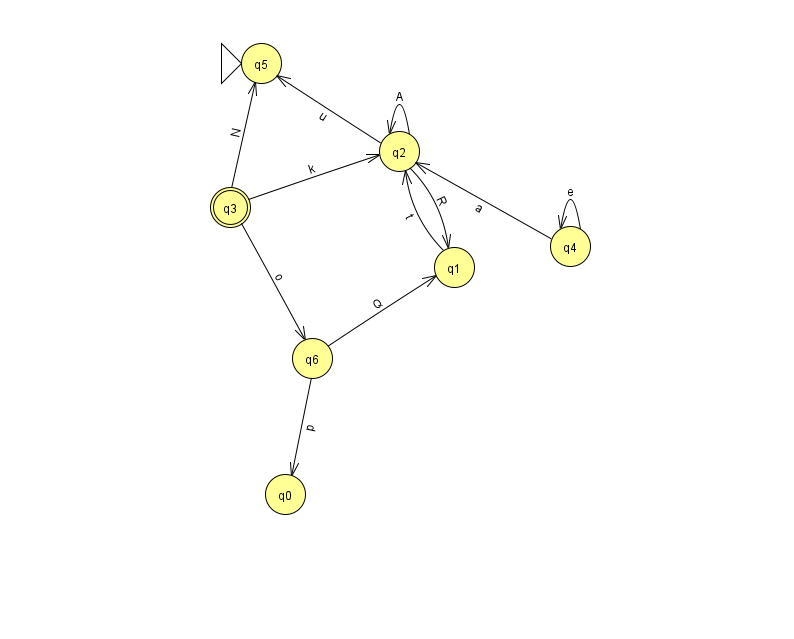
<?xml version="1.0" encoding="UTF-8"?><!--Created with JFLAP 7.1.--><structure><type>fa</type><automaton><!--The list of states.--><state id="0" name="q0"><x>285.0</x><y>481.0</y></state><state id="1" name="q1"><x>454.0</x><y>254.0</y></state><state id="2" name="q2"><x>399.0</x><y>138.0</y></state><state id="3" name="q3"><x>230.0</x><y>194.0</y><final/></state><state id="4" name="q4"><x>570.0</x><y>233.0</y></state><state id="5" name="q5"><x>261.0</x><y>50.0</y><initial/></state><state id="6" name="q6"><x>312.0</x><y>345.0</y></state><!--The list of transitions.--><transition><from>2</from><to>2</to><read>A</read></transition><transition><from>1</from><to>2</to><read>t</read></transition><transition><from>2</from><to>5</to><read>u</read></transition><transition><from>3</from><to>6</to><read>o</read></transition><transition><from>2</from><to>1</to><read>R</read></transition><transition><from>4</from><to>4</to><read>e</read></transition><transition><from>4</from><to>2</to><read>a</read></transition><transition><from>6</from><to>0</to><read>p</read></transition><transition><from>3</from><to>2</to><read>k</read></transition><transition><from>6</from><to>1</to><read>Q</read></transition><transition><from>3</from><to>5</to><read>N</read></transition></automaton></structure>